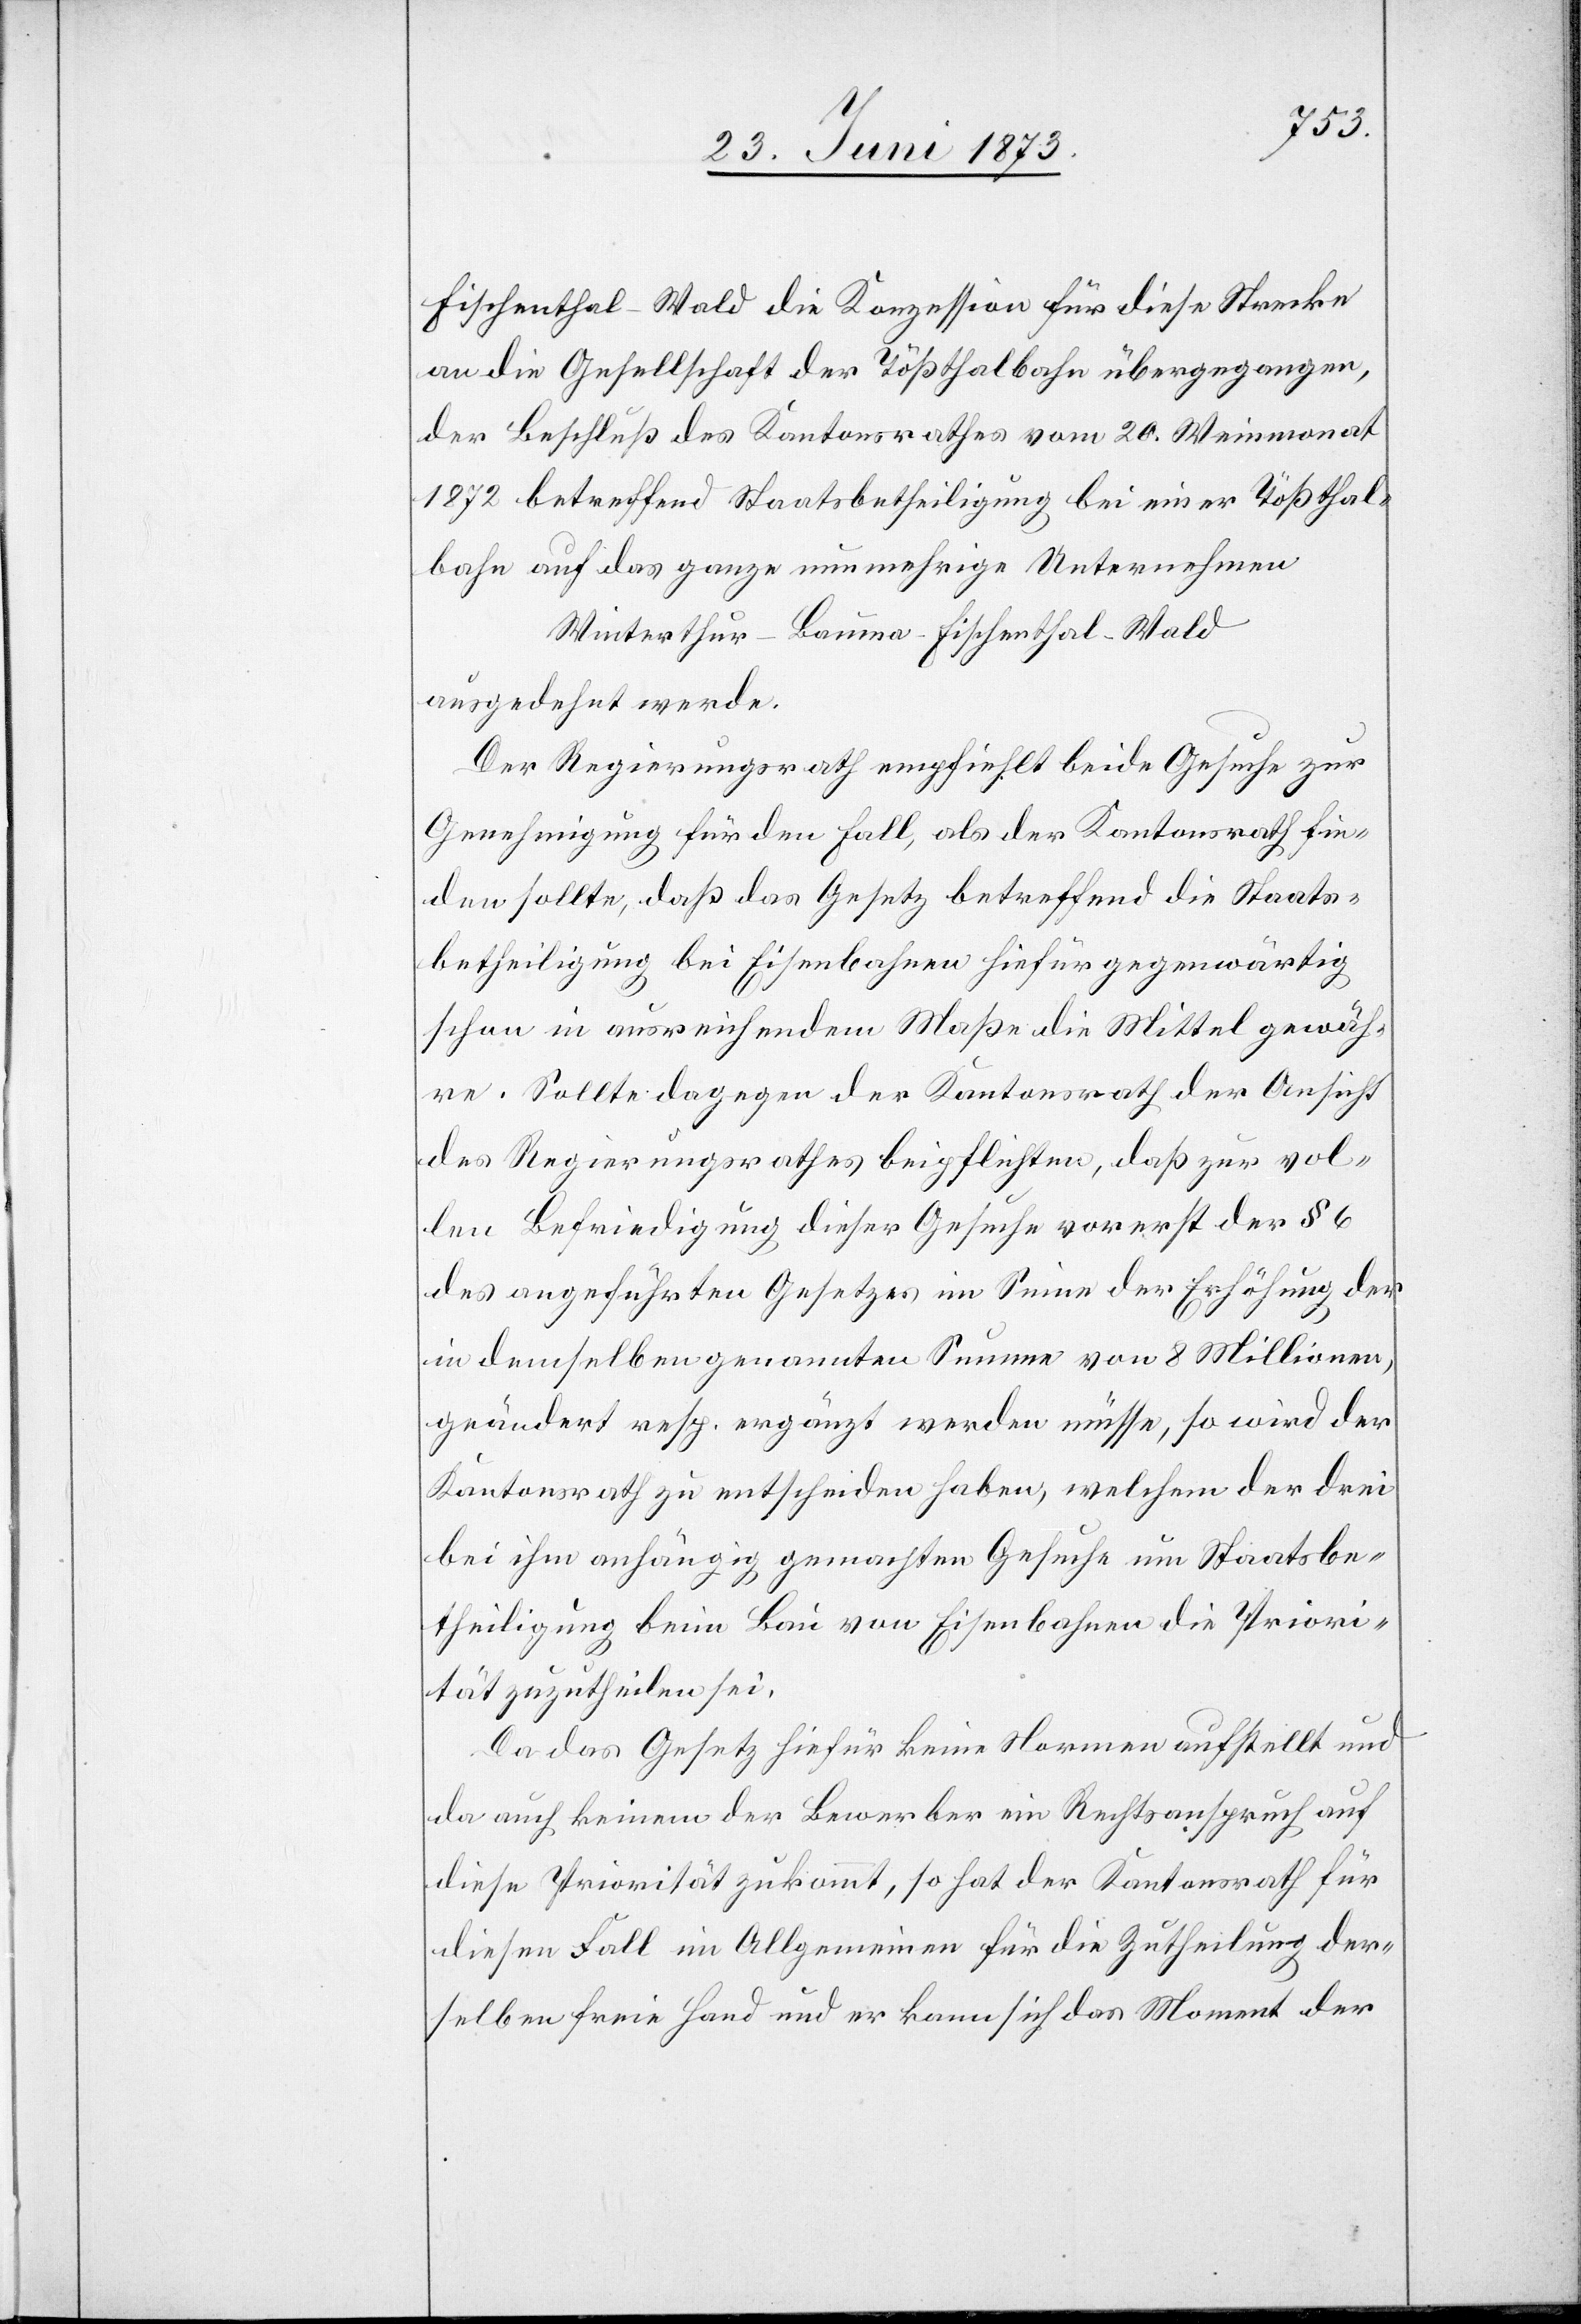
Fischenthal–Wald die Konzession für diese Strecke
an die Gesellschaft der Tößthalbahn übergegangen,
der Beschluß des Kantonsrathes vom 20. Weinmonat
1872 betreffend Staatsbetheiligung bei einer Tößthal¬
bahn auf das ganze nunmehrige Unternehmen
Winterthur–Bauma–Fischenthal–Wald
ausgedehnt werde.
Der Regierungsrath empfiehlt beide Gesuche zur
Genehmigung für den Fall, als der Kantonsrath fin¬
den sollte, daß das Gesetz betreffend die Staats¬
betheiligung bei Eisenbahnen hiefür gegenwärtig
schon in ausreichendem Maße die Mittel gewäh¬
re. Sollte dagegen der Kantonsrath der Ansicht
des Regierungsrathes beipflichten, daß zur vol¬
len Befriedigung dieser Gesuche vorerst der § 6
des angeführten Gesetzes im Sinne der Erhöhung der
in demselben genannten Summe von 8 Millionen,
geändert resp. ergänzt werden müsse, so wird der
Kantonsrath zu entscheiden haben, welchem der drei
bei ihm anhängig gemachten Gesuche um Staatsbe¬
theiligung beim Bau von Eisenbahnen die Priori¬
tät zuzutheilen sei.
Da das Gesetz hiefür keine Normen aufstellt und
da auch keinem der Bewerber ein Rechtanspruch auf
diese Priorität zukommt, so hat der Kantonsrath für
diesen Fall im Allgemeinen für die Zutheilung der¬
selben freie Hand und er kann sich das Moment der